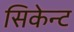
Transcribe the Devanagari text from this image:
सिकेन्ट